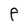
Character: P